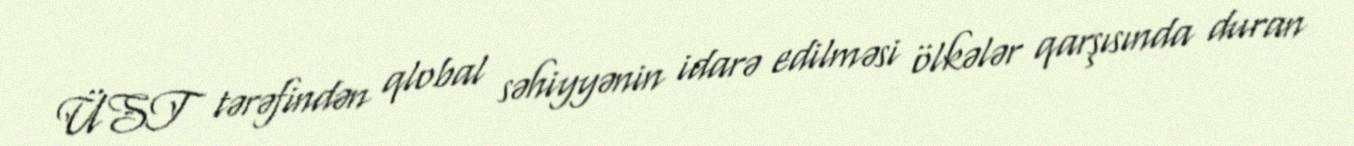
ÜST tərəfindən qlobal səhiyyənin idarə edilməsi ölkələr qarşısında duran